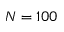
N = 1 0 0